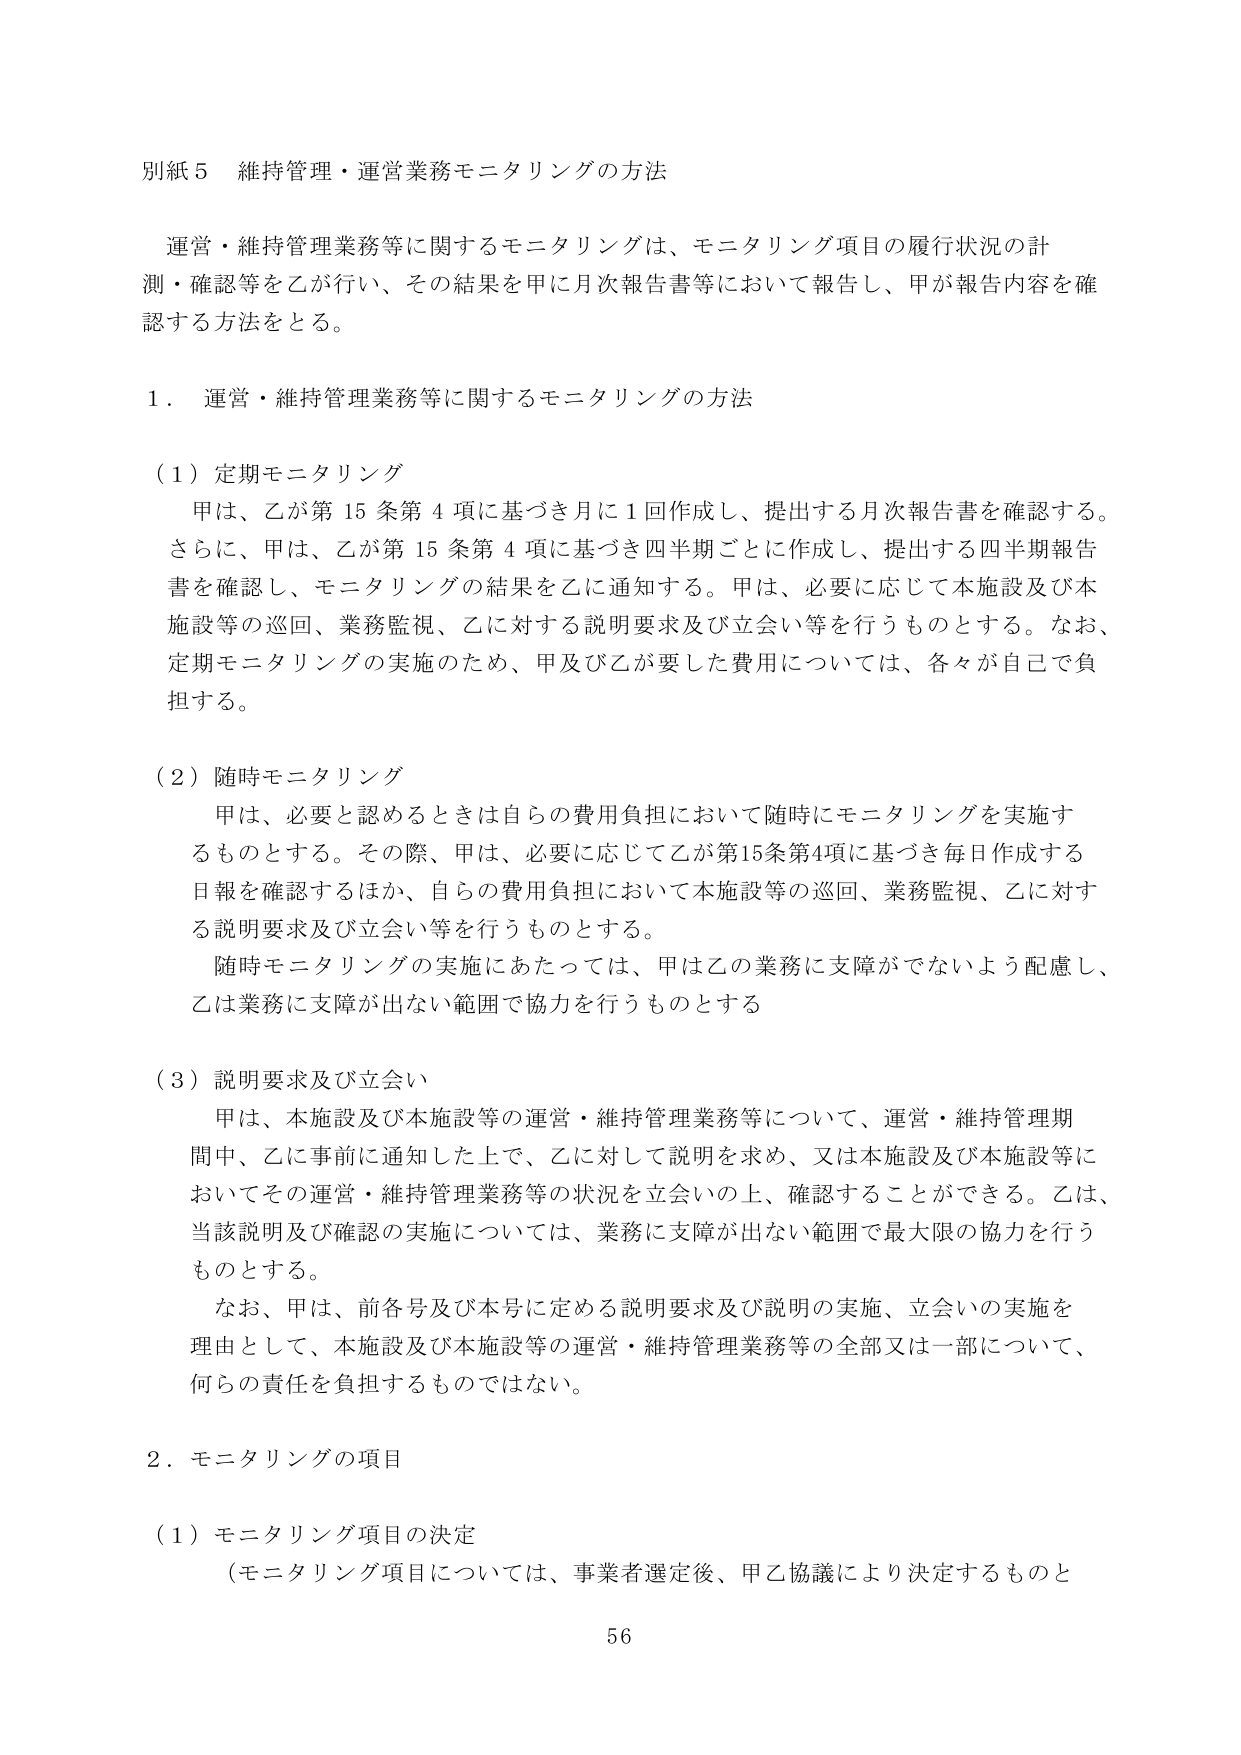
別紙５ 維持管理・運営業務モニタリングの方法

運営・維持管理業務等に関するモニタリングは、モニタリング項目の履行状況の計測・確認等を乙が行い、その結果を甲に月次報告書等において報告し、甲が報告内容を確認する方法をとる。

１．運営・維持管理業務等に関するモニタリングの方法

（１）定期モニタリング
甲は、乙が第15条第4項に基づき月に1回作成し、提出する月次報告書を確認する。さらに、甲は、乙が第15条第4項に基づき四半期ごとに作成し、提出する四半期報告書を確認し、モニタリングの結果を乙に通知する。甲は、必要に応じて本施設及び本施設等の巡回、業務監視、乙に対する説明要求及び立会い等を行うものとする。なお、定期モニタリングの実施のため、甲及び乙が要した費用については、各々が自己で負担する。

（２）随時モニタリング
甲は、必要と認めるときは自らの費用負担において随時モニタリングを実施するものとする。その際、甲は、必要に応じて乙が第15条第4項に基づき毎日作成する日報を確認するほか、自らの費用負担において本施設等の巡回、業務監視、乙に対する説明要求及び立会い等を行うものとする。
随時モニタリングの実施にあたっては、甲は乙の業務に支障がでないよう配慮し、乙は業務に支障が出ない範囲で協力を行うものとする

（３）説明要求及び立会い
甲は、本施設及び本施設等の運営・維持管理業務等について、運営・維持管理期間中、乙に事前に通知した上で、乙に対して説明を求め、又は本施設及び本施設等においてその運営・維持管理業務等の状況を立会いの上、確認することができる。乙は、当該説明及び確認の実施については、業務に支障が出ない範囲で最大限の協力を行うものとする。
なお、甲は、前各号及び本号に定める説明要求及び説明の実施、立会いの実施を理由として、本施設及び本施設等の運営・維持管理業務等の全部又は一部について、何らの責任を負担するものではない。

２．モニタリングの項目

（１）モニタリング項目の決定
（モニタリング項目については、事業者選定後、甲乙協議により決定するものと

56